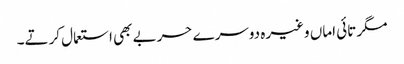
مگر تائی اماں وغیرہ دوسرے حربے بھی استعمال کرتے۔